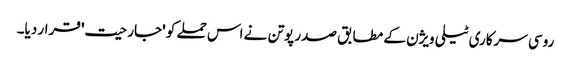
روسی سرکاری ٹیلی ویژن کے مطابق صدر پوتن نے اس حملے کو 'جارحیت' قرار دیا۔